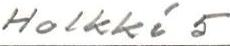
Holkki 5